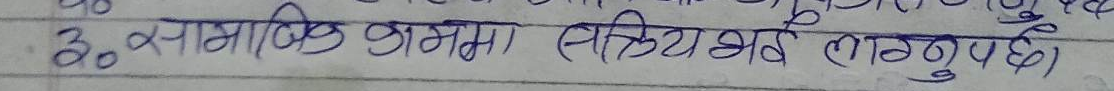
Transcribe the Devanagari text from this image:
३. सामाजिक काममा सक्रिय भई लाग्नुपर्छ)